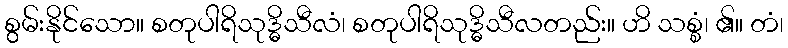
စွမ်းနိုင်သော။ စတုပါရိသုဒ္ဓိသီလံ၊ စတုပါရိသုဒ္ဓိသီလတည်း။ ဟိ သစ္စံ၊ ၏။ တံ၊